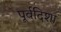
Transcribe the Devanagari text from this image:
पूर्वदिशा